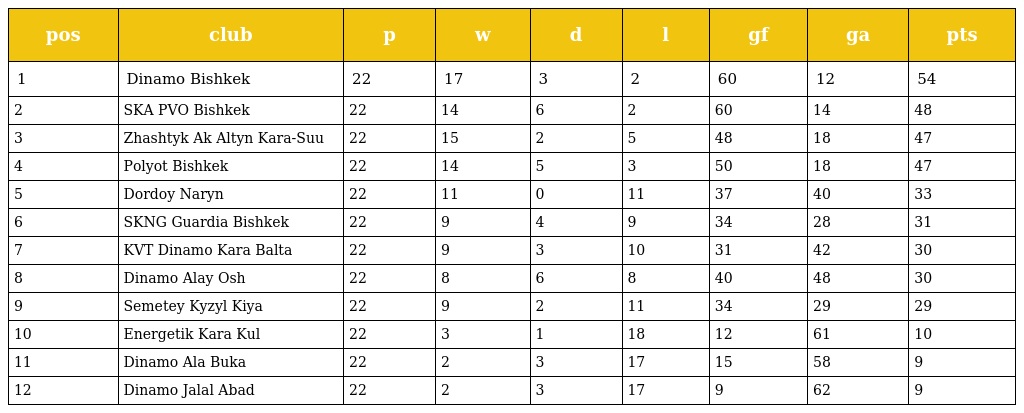
| pos | club | p | w | d | l | gf | ga | pts |
 | --- | --- | --- | --- | --- | --- | --- | --- | --- |
 | 1 | Dinamo Bishkek | 22 | 17 | 3 | 2 | 60 | 12 | 54 |
 | 2 | SKA PVO Bishkek | 22 | 14 | 6 | 2 | 60 | 14 | 48 |
 | 3 | Zhashtyk Ak Altyn Kara-Suu | 22 | 15 | 2 | 5 | 48 | 18 | 47 |
 | 4 | Polyot Bishkek | 22 | 14 | 5 | 3 | 50 | 18 | 47 |
 | 5 | Dordoy Naryn | 22 | 11 | 0 | 11 | 37 | 40 | 33 |
 | 6 | SKNG Guardia Bishkek | 22 | 9 | 4 | 9 | 34 | 28 | 31 |
 | 7 | KVT Dinamo Kara Balta | 22 | 9 | 3 | 10 | 31 | 42 | 30 |
 | 8 | Dinamo Alay Osh | 22 | 8 | 6 | 8 | 40 | 48 | 30 |
 | 9 | Semetey Kyzyl Kiya | 22 | 9 | 2 | 11 | 34 | 29 | 29 |
 | 10 | Energetik Kara Kul | 22 | 3 | 1 | 18 | 12 | 61 | 10 |
 | 11 | Dinamo Ala Buka | 22 | 2 | 3 | 17 | 15 | 58 | 9 |
 | 12 | Dinamo Jalal Abad | 22 | 2 | 3 | 17 | 9 | 62 | 9 |